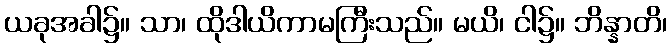
ယခုအခါ၌။ သာ၊ ထိုဒါယိကာမကြီးသည်။ မယိ၊ ငါ၌။ ဘိန္နာတိ၊